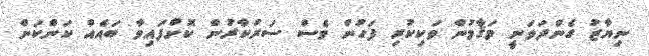
ނިޔާޒު ގެންދަވަނީ މަޤާމުން ވަކިކުރި ފަހުން ވެސް ސަރުކާރުން ކޮށްފައިވާ ބައެއް ކަންކަން